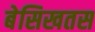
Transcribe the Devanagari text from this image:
बेसिखतस